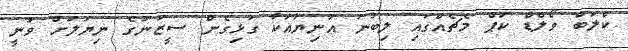
ކްލަބް ވޯލްޑް ކަޕް މެޗެއްގައި ލިބުނު އަނިޔާއަކާ ގުޅިގެން ސީޒަނުގެ ނިޔަލަށް ވަނީ